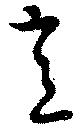
意